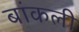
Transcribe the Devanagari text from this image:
बांकली